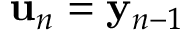
{ \bf u } _ { n } = { \bf y } _ { n - 1 }